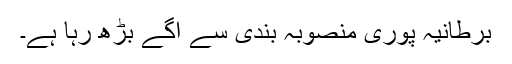
برطانیہ پوری منصوبہ بندی سے آگے بڑھ رہا ہے۔